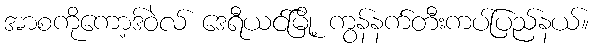
အာစကိုကော့ဒ်ဝဲလ် ဒေရီယင်မြို့ ကွန်နက်တီးကပ်ပြည်နယ်။